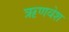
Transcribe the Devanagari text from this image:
ऋणवेश